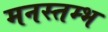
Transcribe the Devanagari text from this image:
मनस्तम्भ